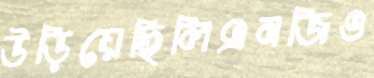
উড়িয়েছিলিএনজিও